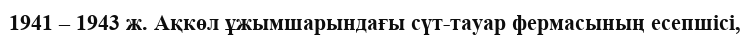
1941 – 1943 ж. Ақкөл ұжымшарындағы сүт-тауар фермасының есепшісі,